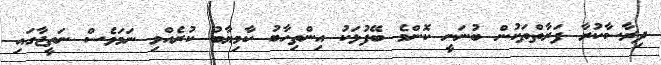
ދިރާސާކުރާ ފަރާތްތަކުން ބުނަނީ ކޮންމެ ބޭފުޅަކު އިންތިހާބު ކާމިޔާބު ކުރެއްވި ނަމަވެސް ނަތީޖާގައި